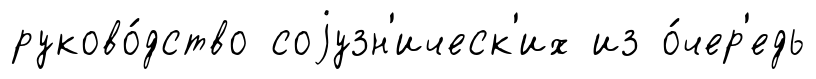
руково́дство соjузн'ическ'их из о́чер'едь